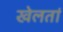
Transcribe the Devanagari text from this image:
खेलतां